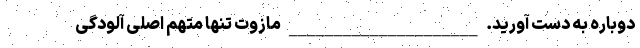
دوباره به دست آورید. _____________________ مازوت تنها متهم اصلی آلودگی